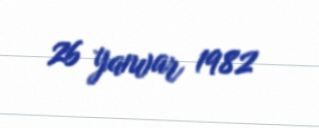
26 yanvar 1982